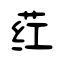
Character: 荭